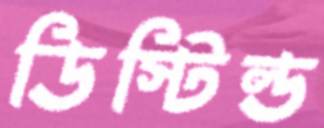
ডিস্টিল্ড